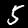
Digit: 5